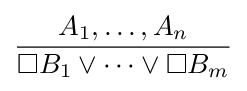
{\frac {A_{1},\dots ,A_{n}}{\Box B_{1}\lor \dots \lor \Box B_{m}}}